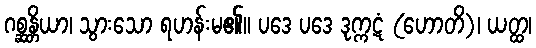
ဂစ္ဆန္တိယာ၊ သွားသော ရဟန်းမ၏။ ပဒေ ပဒေ ဒုက္ကဋံ (ဟောတိ)၊ ယတ္ထ၊